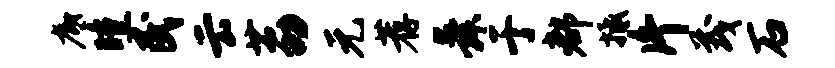
底曛民云荔元荐舜于都抵片茂石